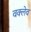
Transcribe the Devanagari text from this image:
वक्लेव